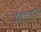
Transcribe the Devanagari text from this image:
ईस्टबरी